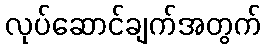
လုပ်ဆောင်ချက်အတွက်